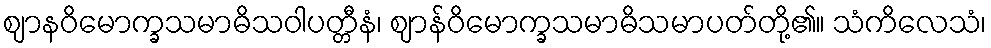
ဈာနဝိမောက္ခသမာဓိသဝါပတ္တီနံ၊ ဈာန်ဝိမောက္ခသမာဓိသမာပတ်တို့၏။ သံကိလေသံ၊